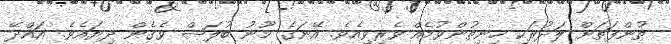
ތުންފަތަށް ލަދުރަކި ހިނިތުންވުމެއް ވެރިވިއެވެ. އޭނަގެ މޫނު ބުލަޝް ވެގެން ދިޔައެވެ. އައްދޭ